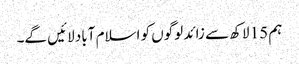
ہم 15 لاکھ سے زائد لوگوں کو اسلام آباد لائیں گے۔